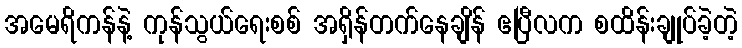
အမေရိကန်နဲ့ ကုန်သွယ်ရေးစစ် အရှိန်တက်နေချိန် ဧပြီလက စထိန်းချုပ်ခဲ့တဲ့